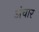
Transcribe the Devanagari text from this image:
अंचार